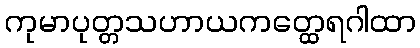
ကုမာပုတ္တသဟာယကတ္ထေရဂါထာ